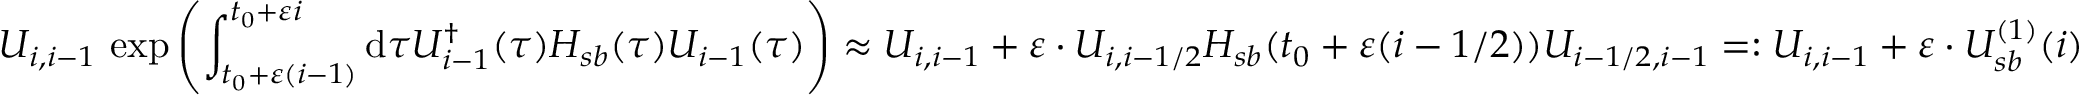
U _ { i , i - 1 } ~ \mathrm { e x p } \left( \int _ { t _ { 0 } + \varepsilon ( i - 1 ) } ^ { t _ { 0 } + \varepsilon i } \mathrm { d } \tau U _ { i - 1 } ^ { \dagger } ( \tau ) H _ { s b } ( \tau ) U _ { i - 1 } ( \tau ) \right) \approx U _ { i , i - 1 } + \varepsilon \cdot U _ { i , i - 1 / 2 } H _ { s b } ( t _ { 0 } + \varepsilon ( i - 1 / 2 ) ) U _ { i - 1 / 2 , i - 1 } = : U _ { i , i - 1 } + \varepsilon \cdot U _ { s b } ^ { ( 1 ) } ( i )